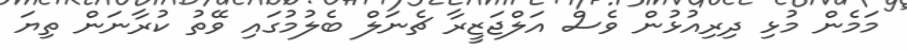
މަމެން މުޅި ދިިރިއުޅުން ވެސް އަލްޖަޒީރާ ޗެނަލް ބެލުމުގައި ވޭތު ކުރާނަން ތިޔަ